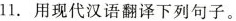
11.用现代汉语翻译下列句子。